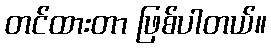
တင်ထားတာ ဖြစ်ပါတယ်။